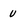
Character: U